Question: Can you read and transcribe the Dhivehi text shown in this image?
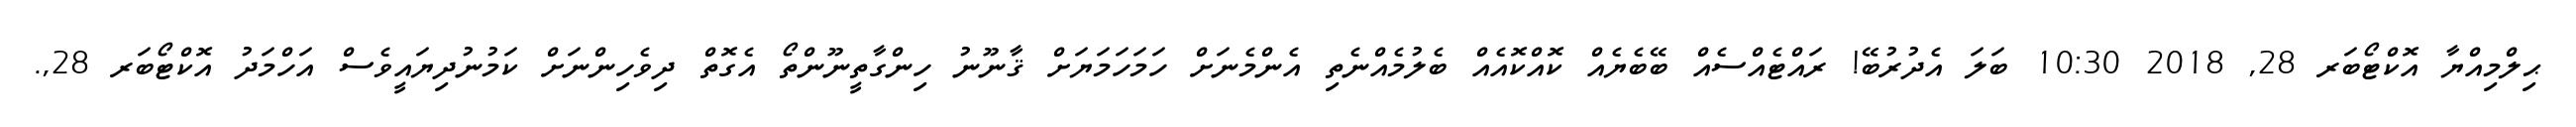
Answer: ޙިލްމިއްޔާ އޮކްޓޯބަރ 28, 2018 10:30 ބަލަ އެދުރުބޭ! ރައްޓެއްސެއް ބޭބެޔެއް ކޮއްކޮއެއް ބެލުމެއްނެތި އެންމެނަށް ހަމަހަމަޔަށް ޤާނޫނު ހިންގާތީނޫންތޯ އެގޮތް ދިވެހިންނަށް ކަމުނުދިޔައީވެސް އަހްމަދު އޮކްޓޯބަރ 28,.